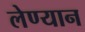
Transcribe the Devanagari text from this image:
लेण्यान